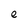
Character: e